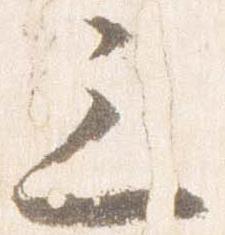
三